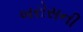
બરોસની